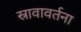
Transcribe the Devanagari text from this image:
स्रावावर्तना